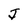
Character: J